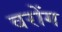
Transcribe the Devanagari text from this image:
वरोंग